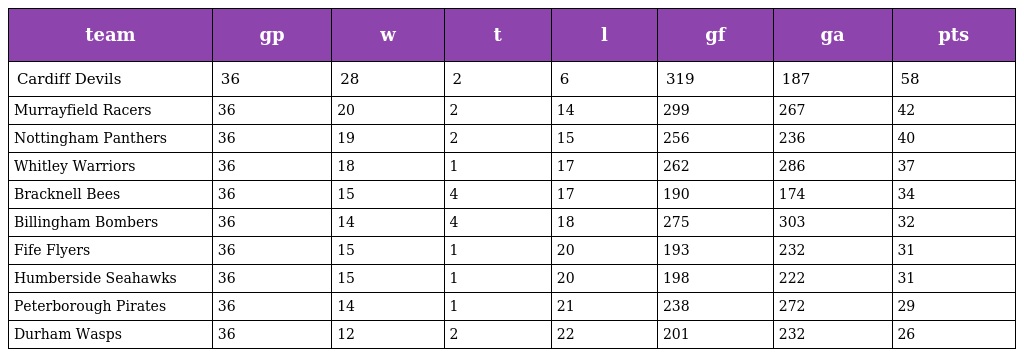
| team | gp | w | t | l | gf | ga | pts |
 | --- | --- | --- | --- | --- | --- | --- | --- |
 | Cardiff Devils | 36 | 28 | 2 | 6 | 319 | 187 | 58 |
 | Murrayfield Racers | 36 | 20 | 2 | 14 | 299 | 267 | 42 |
 | Nottingham Panthers | 36 | 19 | 2 | 15 | 256 | 236 | 40 |
 | Whitley Warriors | 36 | 18 | 1 | 17 | 262 | 286 | 37 |
 | Bracknell Bees | 36 | 15 | 4 | 17 | 190 | 174 | 34 |
 | Billingham Bombers | 36 | 14 | 4 | 18 | 275 | 303 | 32 |
 | Fife Flyers | 36 | 15 | 1 | 20 | 193 | 232 | 31 |
 | Humberside Seahawks | 36 | 15 | 1 | 20 | 198 | 222 | 31 |
 | Peterborough Pirates | 36 | 14 | 1 | 21 | 238 | 272 | 29 |
 | Durham Wasps | 36 | 12 | 2 | 22 | 201 | 232 | 26 |